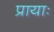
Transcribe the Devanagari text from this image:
प्रायाः